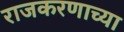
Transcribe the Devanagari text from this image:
राजकरणाच्या